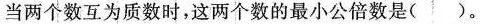
当两个数互为质数时，这两个数的最小公倍数是()。